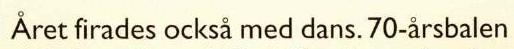
 Året firades också med dans. 70-årsbalen